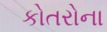
કોતરોના